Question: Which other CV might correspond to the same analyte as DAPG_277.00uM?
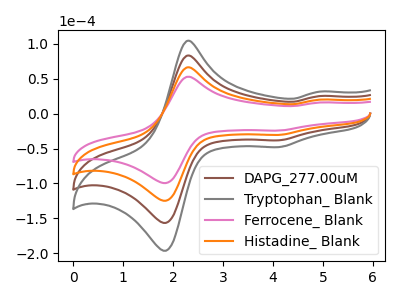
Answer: <think>The brown curve "DAPG_277.00uM" has anodic peaks at (2.30V, 132.30uA) (4.90V, 39.95uA) and cathodic peaks at (1.75V, -247.15uA) (4.10V, -61.05uA). The gray curve "Tryptophan_ Blank" has anodic peaks at (2.30V, 198.45uA) (4.90V, 59.95uA) and cathodic peaks at (1.75V, -370.70uA) (4.10V, -91.55uA). The pink curve "Ferrocene_ Blank" has anodic peaks at (2.30V, 52.70uA) (4.90V, 15.95uA) and cathodic peaks at (1.75V, -98.50uA) (4.10V, -24.35uA). The orange curve "Histadine_ Blank" has anodic peaks at (2.30V, 66.15uA) (4.90V, 20.00uA) and cathodic peaks at (1.75V, -123.55uA) (4.10V, -30.50uA).
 All the peaks in "DAPG_277.00uM" have a peak in "Tryptophan_ Blank" at the same potential. Every peak in "DAPG_277.00uM" is lower than every peak in "Tryptophan_ Blank". All the peaks in "DAPG_277.00uM" have a peak in "Ferrocene_ Blank" at the same potential. Every peak in "DAPG_277.00uM" is higher than every peak in "Ferrocene_ Blank". All the peaks in "DAPG_277.00uM" have a peak in "Histadine_ Blank" at the same potential. Every peak in "DAPG_277.00uM" is higher than every peak in "Histadine_ Blank". All the peaks in "Tryptophan_ Blank" have a peak in "Ferrocene_ Blank" at the same potential. Every peak in "Tryptophan_ Blank" is higher than every peak in "Ferrocene_ Blank". All the peaks in "Tryptophan_ Blank" have a peak in "Histadine_ Blank" at the same potential. Every peak in "Tryptophan_ Blank" is higher than every peak in "Histadine_ Blank". All the peaks in "Ferrocene_ Blank" have a peak in "Histadine_ Blank" at the same potential. Every peak in "Ferrocene_ Blank" is lower than every peak in "Histadine_ Blank".</think>
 <answer>"DAPG_277.00uM", "Tryptophan_ Blank" and "Histadine_ Blank" have a similar shape to "Ferrocene_ Blank".</answer>
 <eval>"DAPG_277.00uM" "Tryptophan_ Blank" "Histadine_ Blank"</eval>